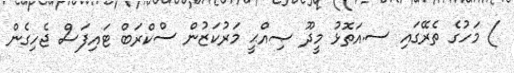
) މަހުގެ ތެރޭގައި ސ.އަތޮޅު މީދޫ ޞިއްޙީ މަރުކަޒުން ސްކްރަބް ޓައިފަސް ޖެހިގެން